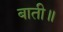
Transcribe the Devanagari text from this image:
बाती॥